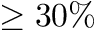
\ge 3 0 \%